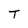
Character: T